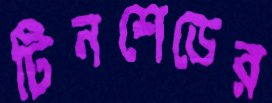
টিনশেডের